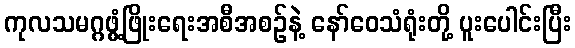
ကုလသမဂ္ဂဖွံ့ဖြိုးရေးအစီအစဉ်နဲ့ နော်ဝေသံရုံးတို့ ပူးပေါင်းပြီး